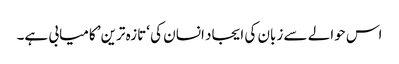
اس حوالے سے زبان کی ایجاد انسان کی ‘تازہ ترین’ کامیابی ہے۔